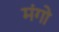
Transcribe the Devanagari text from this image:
मंगो